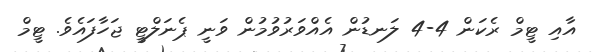
އާއި ޓީމް ރެކަން 4-4 ލަނޑުން އެއްވަރުވުމުން ވަނީ ޕެނަލްޓީ ޖަހާފައެވެ. ޓީމް